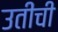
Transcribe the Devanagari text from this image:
उतींची